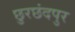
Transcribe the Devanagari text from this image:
छुरछंदपुर